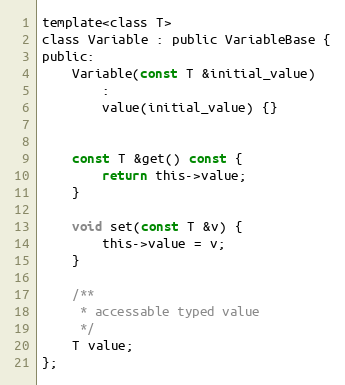
Language: C
template<class T>
class Variable : public VariableBase {
public:
	Variable(const T &initial_value)
		:
		value(initial_value) {}

	const T &get() const {
		return this->value;
	}

	void set(const T &v) {
		this->value = v;
	}

	/**
	 * accessable typed value
	 */
	T value;
};